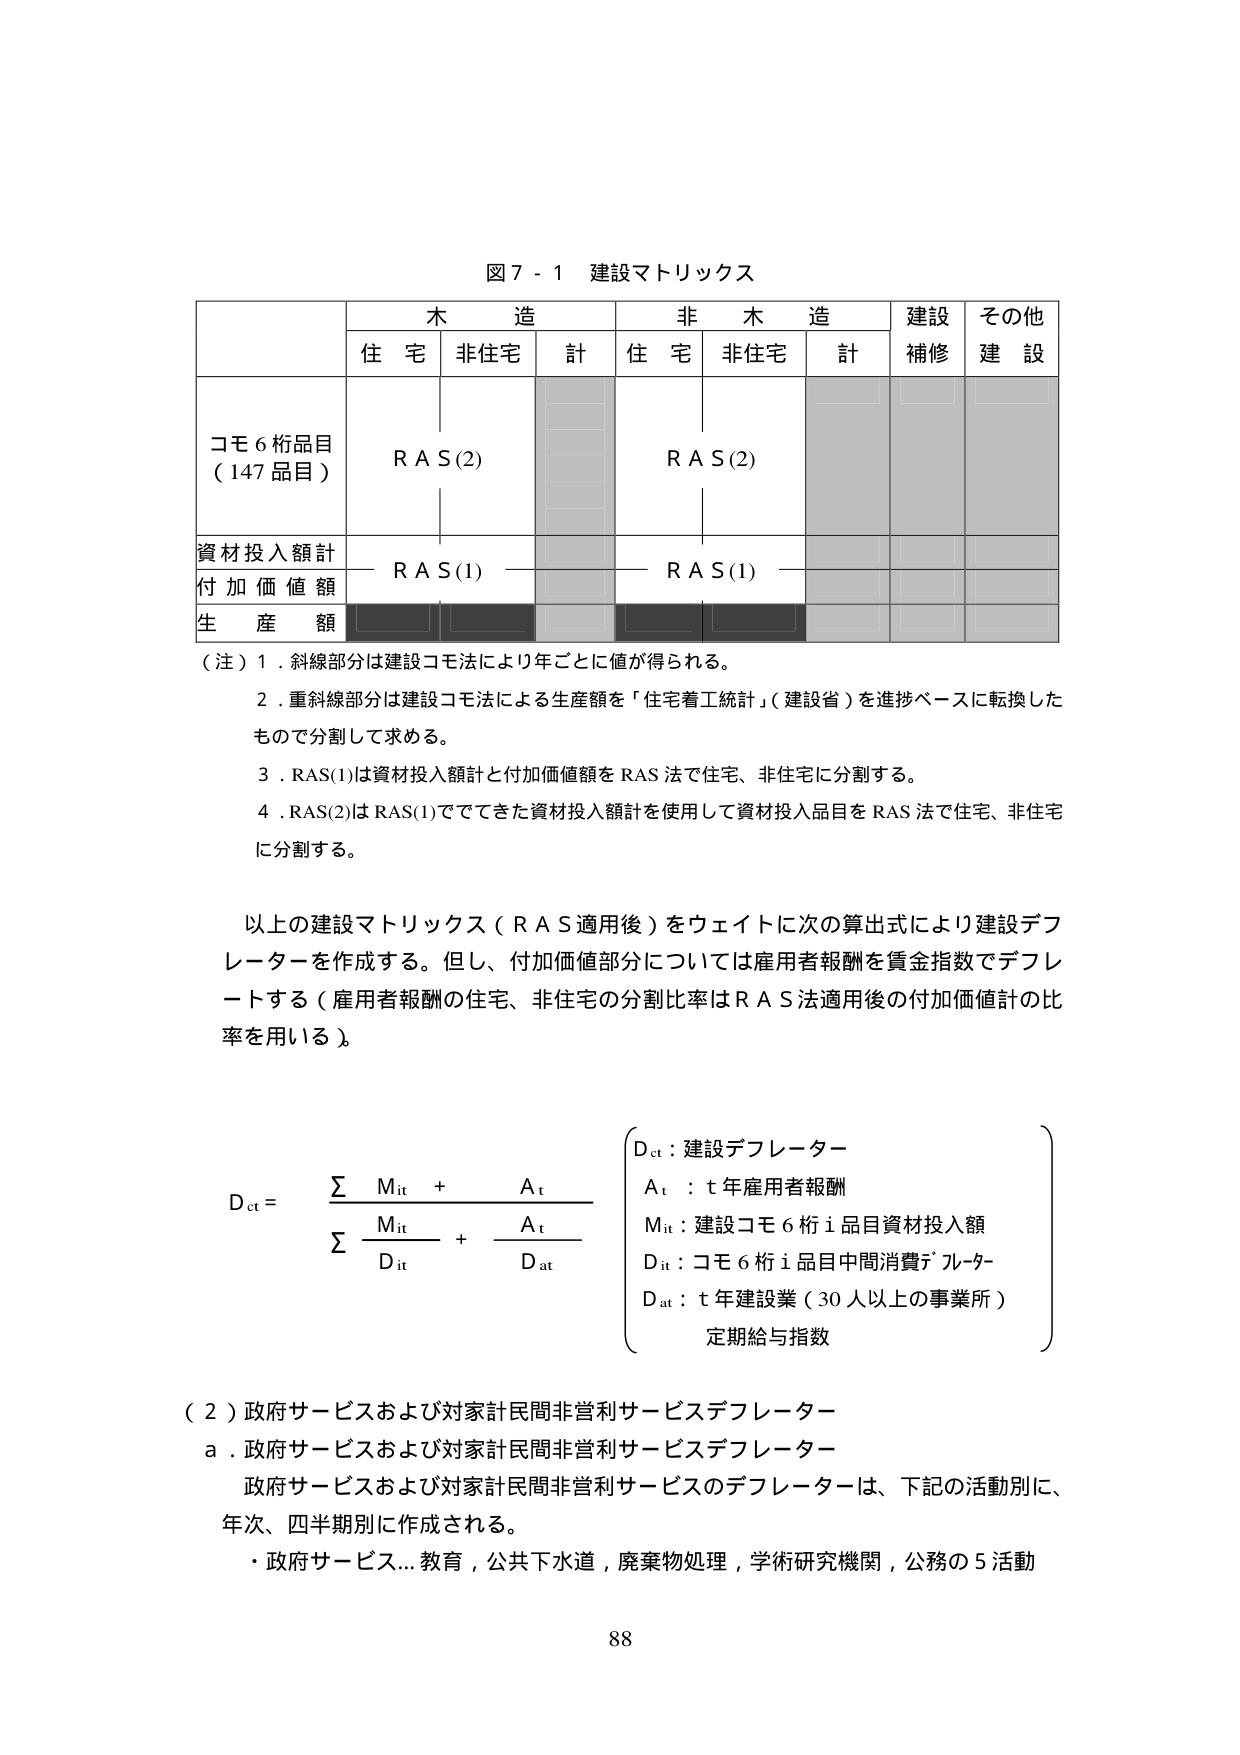
図７－１ 建設マトリックス

木造 非木造 建設補修 その他建設
住宅 非住宅 計 住宅 非住宅 計

コモ６桁品目（147品目） R A S(2) R A S(2)

資材投入額計
付加価値額 R A S(1) R A S(1)
生産額

（注）１．斜線部分は建設コモ法により年ごとに値が得られる。
２．重斜線部分は建設コモ法による生産額を「住宅着工統計」（建設省）を進捗ベースに転換したもので分割して求める。
３．RAS(1)は資材投入額計と付加価値額をRAS法で住宅、非住宅に分割する。
４．RAS(2)はRAS(1)でできた資材投入額計を使用して資材投入品目をRAS法で住宅、非住宅に分割する。

以上の建設マトリックス（RAS適用後）をウェイトに次の算出式により建設デフレーターを作成する。但し、付加価値部分については雇用者報酬を賃金指数でデフレートする（雇用者報酬の住宅、非住宅の分割比率はRAS法適用後の付加価値計の比率を用いる）。

Dct = Σ Mit + At
        Σ Mit + At
            Dit     Dat

Dct：建設デフレーター
At ：t年雇用者報酬
Mit：建設コモ６桁i品目資材投入額
Dit：コモ６桁i品目中間消費デフレーター
Dat：t年建設業（30人以上の事業所）定期給与指数

（２）政府サービスおよび対家計民間非営利サービスデフレーター
a．政府サービスおよび対家計民間非営利サービスデフレーター
政府サービスおよび対家計民間非営利サービスのデフレーターは、下記の活動別に、年次、四半期別に作成される。
・政府サービス…教育，公共下水道，廃棄物処理，学術研究機関，公務の５活動

88